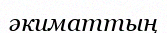
әкиматтың